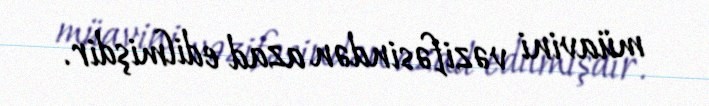
müavini vəzifəsindən azad edilmişdir.